38_143685_box7_Incident_Summaries_1-100
Agency: Department of War
Page 159
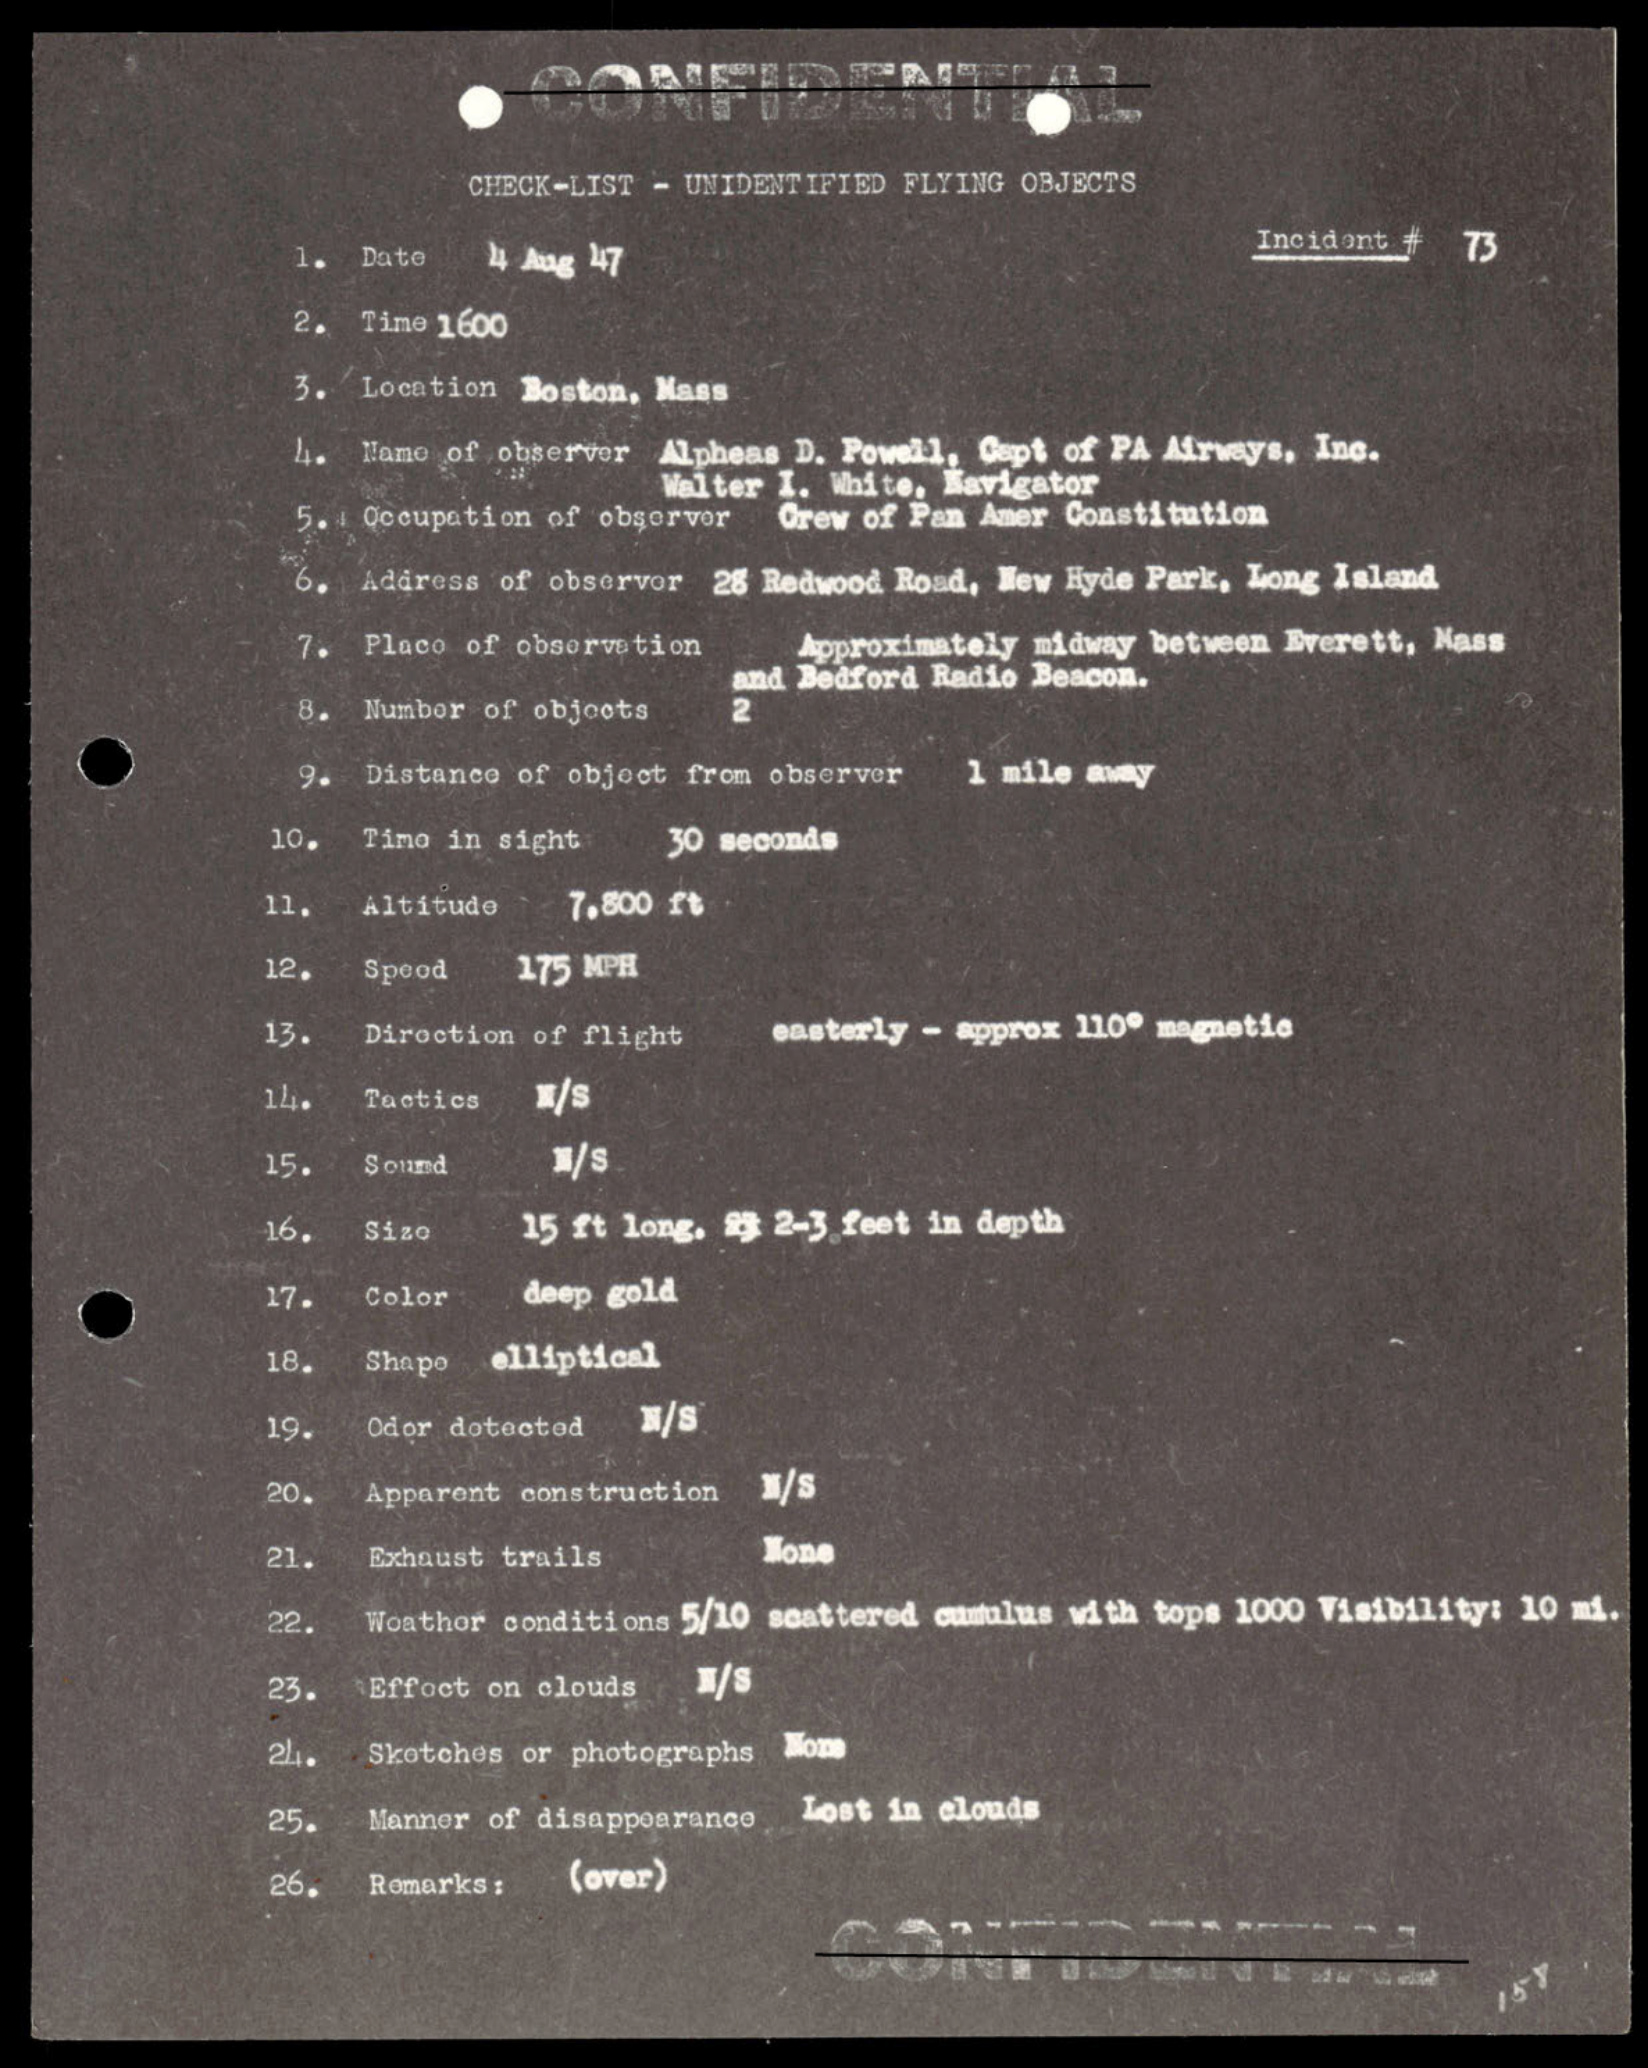